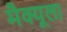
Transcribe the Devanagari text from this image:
मैक्‍यूला